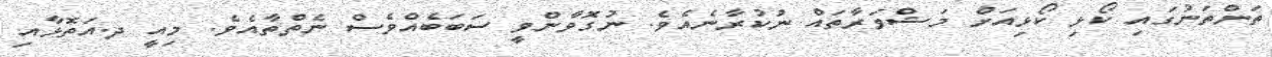
ތަންތަނުގައި ކޯޅި ކޯޅިއަށް މަޝްވަރާތައް ނުކުރާނެއެވެ. ނުގޮވާންވީ ސަބަބެއްވެސް ނެތްތާއެވެ. މިއީ ދ.އަތޮޅާއި